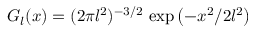
G _ { l } ( \boldsymbol { x } ) = ( 2 \pi l ^ { 2 } ) ^ { - 3 / 2 } \, \exp \left( - x ^ { 2 } / 2 l ^ { 2 } \right)